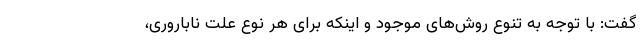
گفت: با توجه به تنوع روش‌های موجود و اینکه برای هر نوع علت ناباروری،